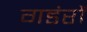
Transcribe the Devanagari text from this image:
गडंरों